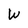
Character: W